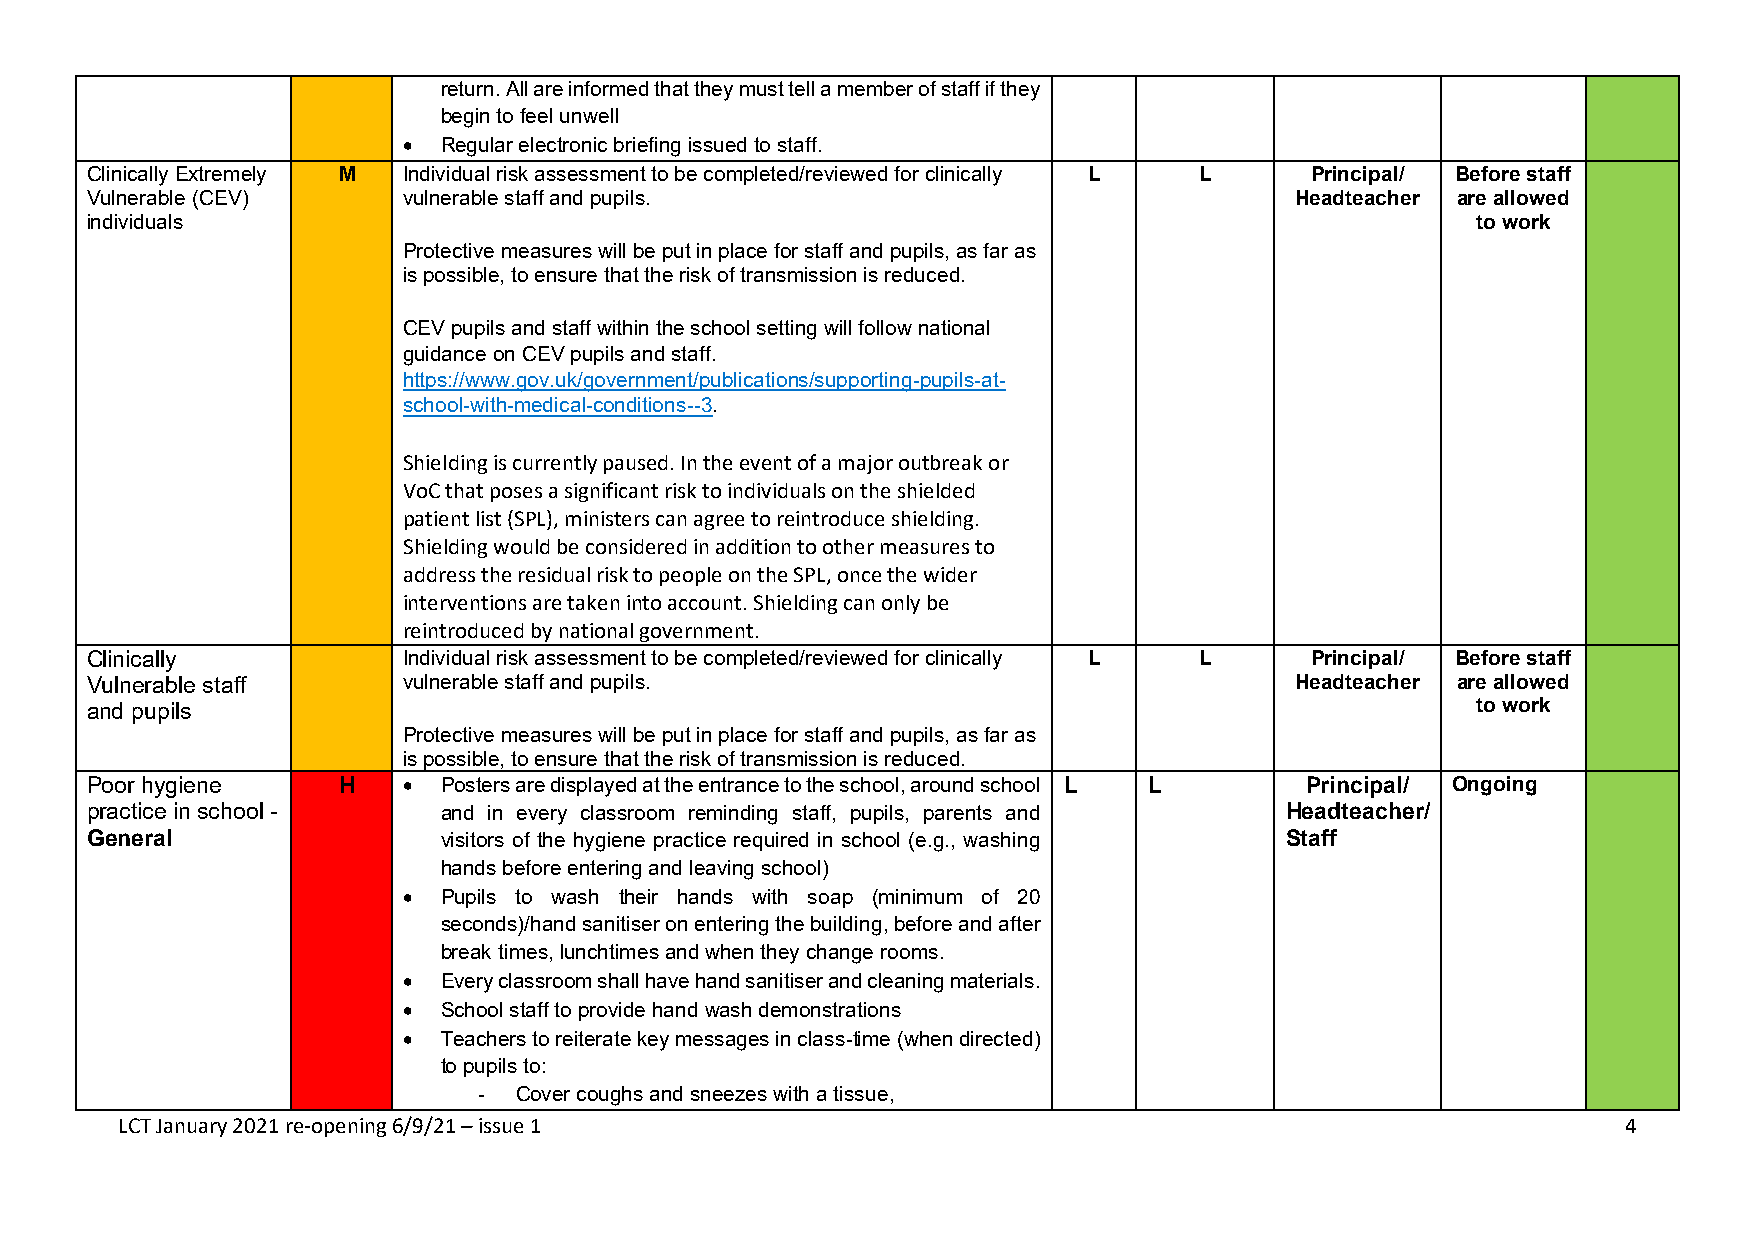
return. All are informed that they must tell a member of staff if they
 begin to feel unwell
 • Regular electronic briefing issued to staff.
 Clinically Extremely M Individual risk assessment to be completed/reviewed for clinically L L Principal/ Before staff
 Vulnerable (CEV)     vulnerable staff and pupils.                               Headteacher are allowed
 individuals                                                                                 to work
 Protective measures will be put in place for staff and pupils, as far as
 is possible, to ensure that the risk of transmission is reduced.
 CEV pupils and staff within the school setting will follow national
 guidance on CEV pupils and staff.
 https://www.gov.uk/government/publications/supporting-pupils-at-
 school-with-medical-conditions--3.
 Shielding is currently paused. In the event of a major outbreak or
 VoC that poses a significant risk to individuals on the shielded
 patient list (SPL), ministers can agree to reintroduce shielding.
 Shielding would be considered in addition to other measures to
 address the residual risk to people on the SPL, once the wider
 interventions are taken into account. Shielding can only be
 reintroduced by national government.
 Clinically           Individual risk assessment to be completed/reviewed for clinically L L Principal/ Before staff
 Vulnerable staff     vulnerable staff and pupils.                               Headteacher are allowed
 and pupils                                                                                  to work
 Protective measures will be put in place for staff and pupils, as far as
 is possible, to ensure that the risk of transmission is reduced.
 Poor hygiene    H    • Posters are displayed at the entrance to the school, around school L L Principal/ Ongoing
 practice in school -   and in every classroom reminding staff, pupils, parents and Headteacher/
 General                visitors of the hygiene practice required in school (e.g., washing Staff
 hands before entering and leaving school)
 • Pupils to wash their hands with soap (minimum of 20
 seconds)/hand sanitiser on entering the building, before and after
 break times, lunchtimes and when they change rooms.
 • Every classroom shall have hand sanitiser and cleaning materials.
 • School staff to provide hand wash demonstrations
 • Teachers to reiterate key messages in class-time (when directed)
 to pupils to:
 - Cover coughs and sneezes with a tissue,
 LCT January 2021 re-opening 6/9/21 – issue 1                                                        4